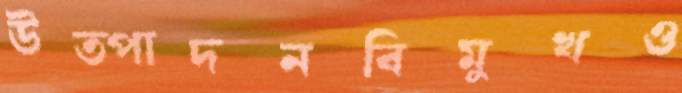
উত্পাদনবিমুখও